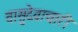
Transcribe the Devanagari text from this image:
वासुदेवाचारी